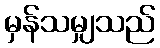
မှန်သမျှသည်